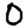
Digit: 0